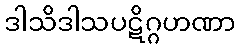
ဒါသိဒါသပဋိဂ္ဂဟဏာ